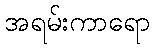
အရမ်းကာရော